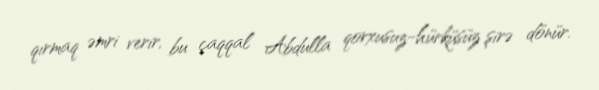
qırmaq əmri verir, bu çaqqal Abdulla qorxusuz-hürküsüz şirə dönür.